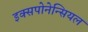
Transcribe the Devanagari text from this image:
इक्सपोनेन्सियल